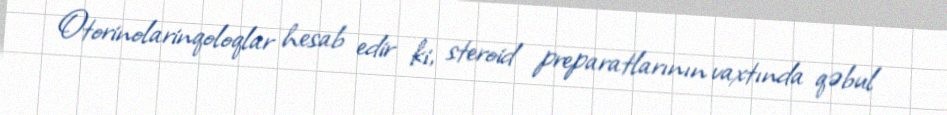
Otorinolarinqoloqlar hesab edir ki, steroid preparatlarının vaxtında qəbul